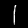
Label: 1